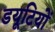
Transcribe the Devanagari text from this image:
डयूटियों